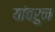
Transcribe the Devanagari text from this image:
यांवरुन